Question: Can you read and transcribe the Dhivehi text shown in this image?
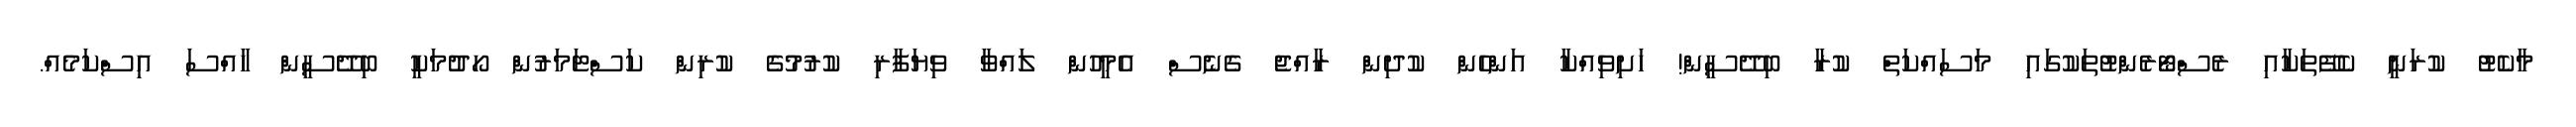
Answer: މާކެޓު ކުރަނީ ކެފޭތަކާއި ރެސްޓޯރެންޓުތަކުގައި މަސައްކަތް ކުރާ ބިދޭސީން! ހަށިވިއްކާ އަންހެން ކުދިން ރާއްޖެ ގެނެސް އެމީހުން ލައްވާ ވިޔަފާރި ކުރުމުގެ ކުރިން ކަސްޓަމަރުން ހޯދުމަކީ ބިދޭސީން ހާއްސަ އިސްކަމެއް.